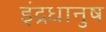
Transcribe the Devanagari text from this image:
इंद्रधानुष